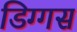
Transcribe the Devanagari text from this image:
डिग्गस